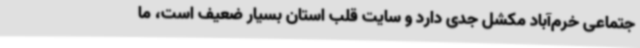
جتماعی خرم‌آباد مکشل جدی دارد و سایت قلب استان بسیار ضعیف است، ما